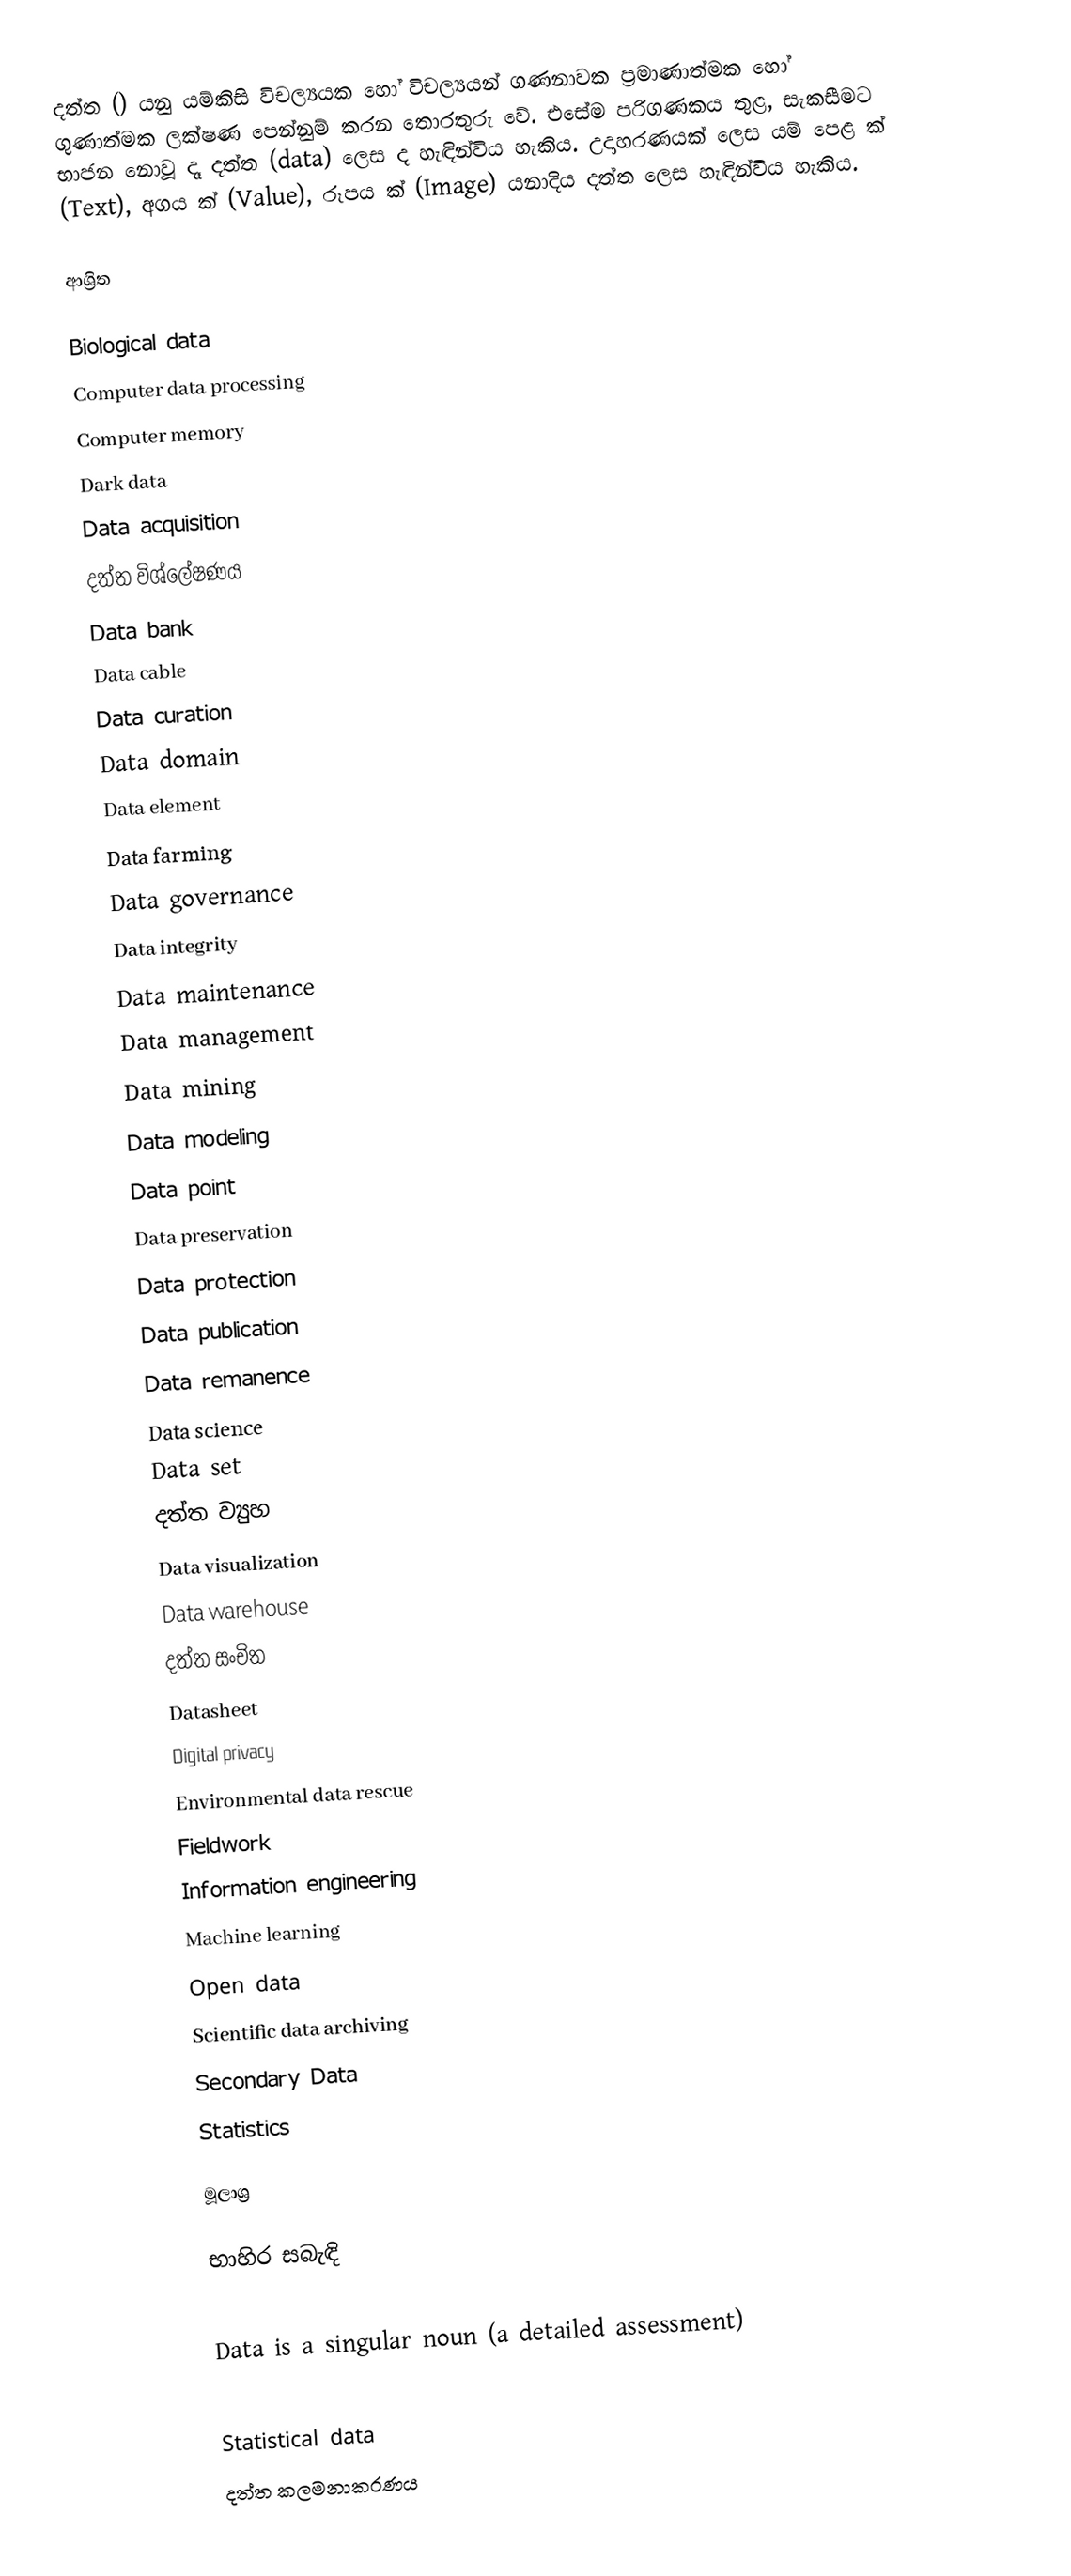
දත්ත () යනු යම්කිසි විචල්‍යයක හෝ විචල්‍යයන් ගණනාවක ප්‍රමාණාත්මක හෝ ගුණාත්මක ලක්ෂණ පෙන්නුම් කරන තොරතුරු වේ. එසේම පරිගණකය තුළ, සැකසීමට භාජන නොවූ දෑ දත්ත (data) ලෙස ද හැඳින්විය හැකිය. උදාහරණයක් ලෙස යම් පෙළ ක් (Text), අගය ක් (Value), රූපය ක් (Image) යනාදිය දත්ත ලෙස හැඳින්විය හැකිය.

ආශ්‍රිත

 Biological data
 Computer data processing
 Computer memory
 Dark data
 Data acquisition
 දත්ත විශ්ලේෂණය
 Data bank
 Data cable
 Data curation
 Data domain
 Data element
 Data farming
 Data governance
 Data integrity
 Data maintenance
 Data management
 Data mining
 Data modeling
 Data point
 Data preservation
 Data protection
 Data publication
 Data remanence
 Data science
 Data set
 දත්ත ව්‍යුහ
 Data visualization
 Data warehouse
 දත්ත සංචිත
 Datasheet
 Digital privacy
 Environmental data rescue
 Fieldwork
 Information engineering
 Machine learning
 Open data
 Scientific data archiving
 Secondary Data
 Statistics

මූලාශ්‍ර

භාහිර සබැඳි

 Data is a singular noun (a detailed assessment)

Statistical data
දත්ත කලමනාකරණය